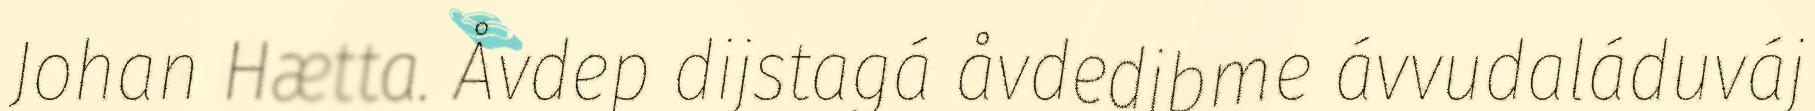
Johan Hætta. Åvdep dijstagá åvdedibme ávvudaláduváj